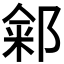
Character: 𬪏